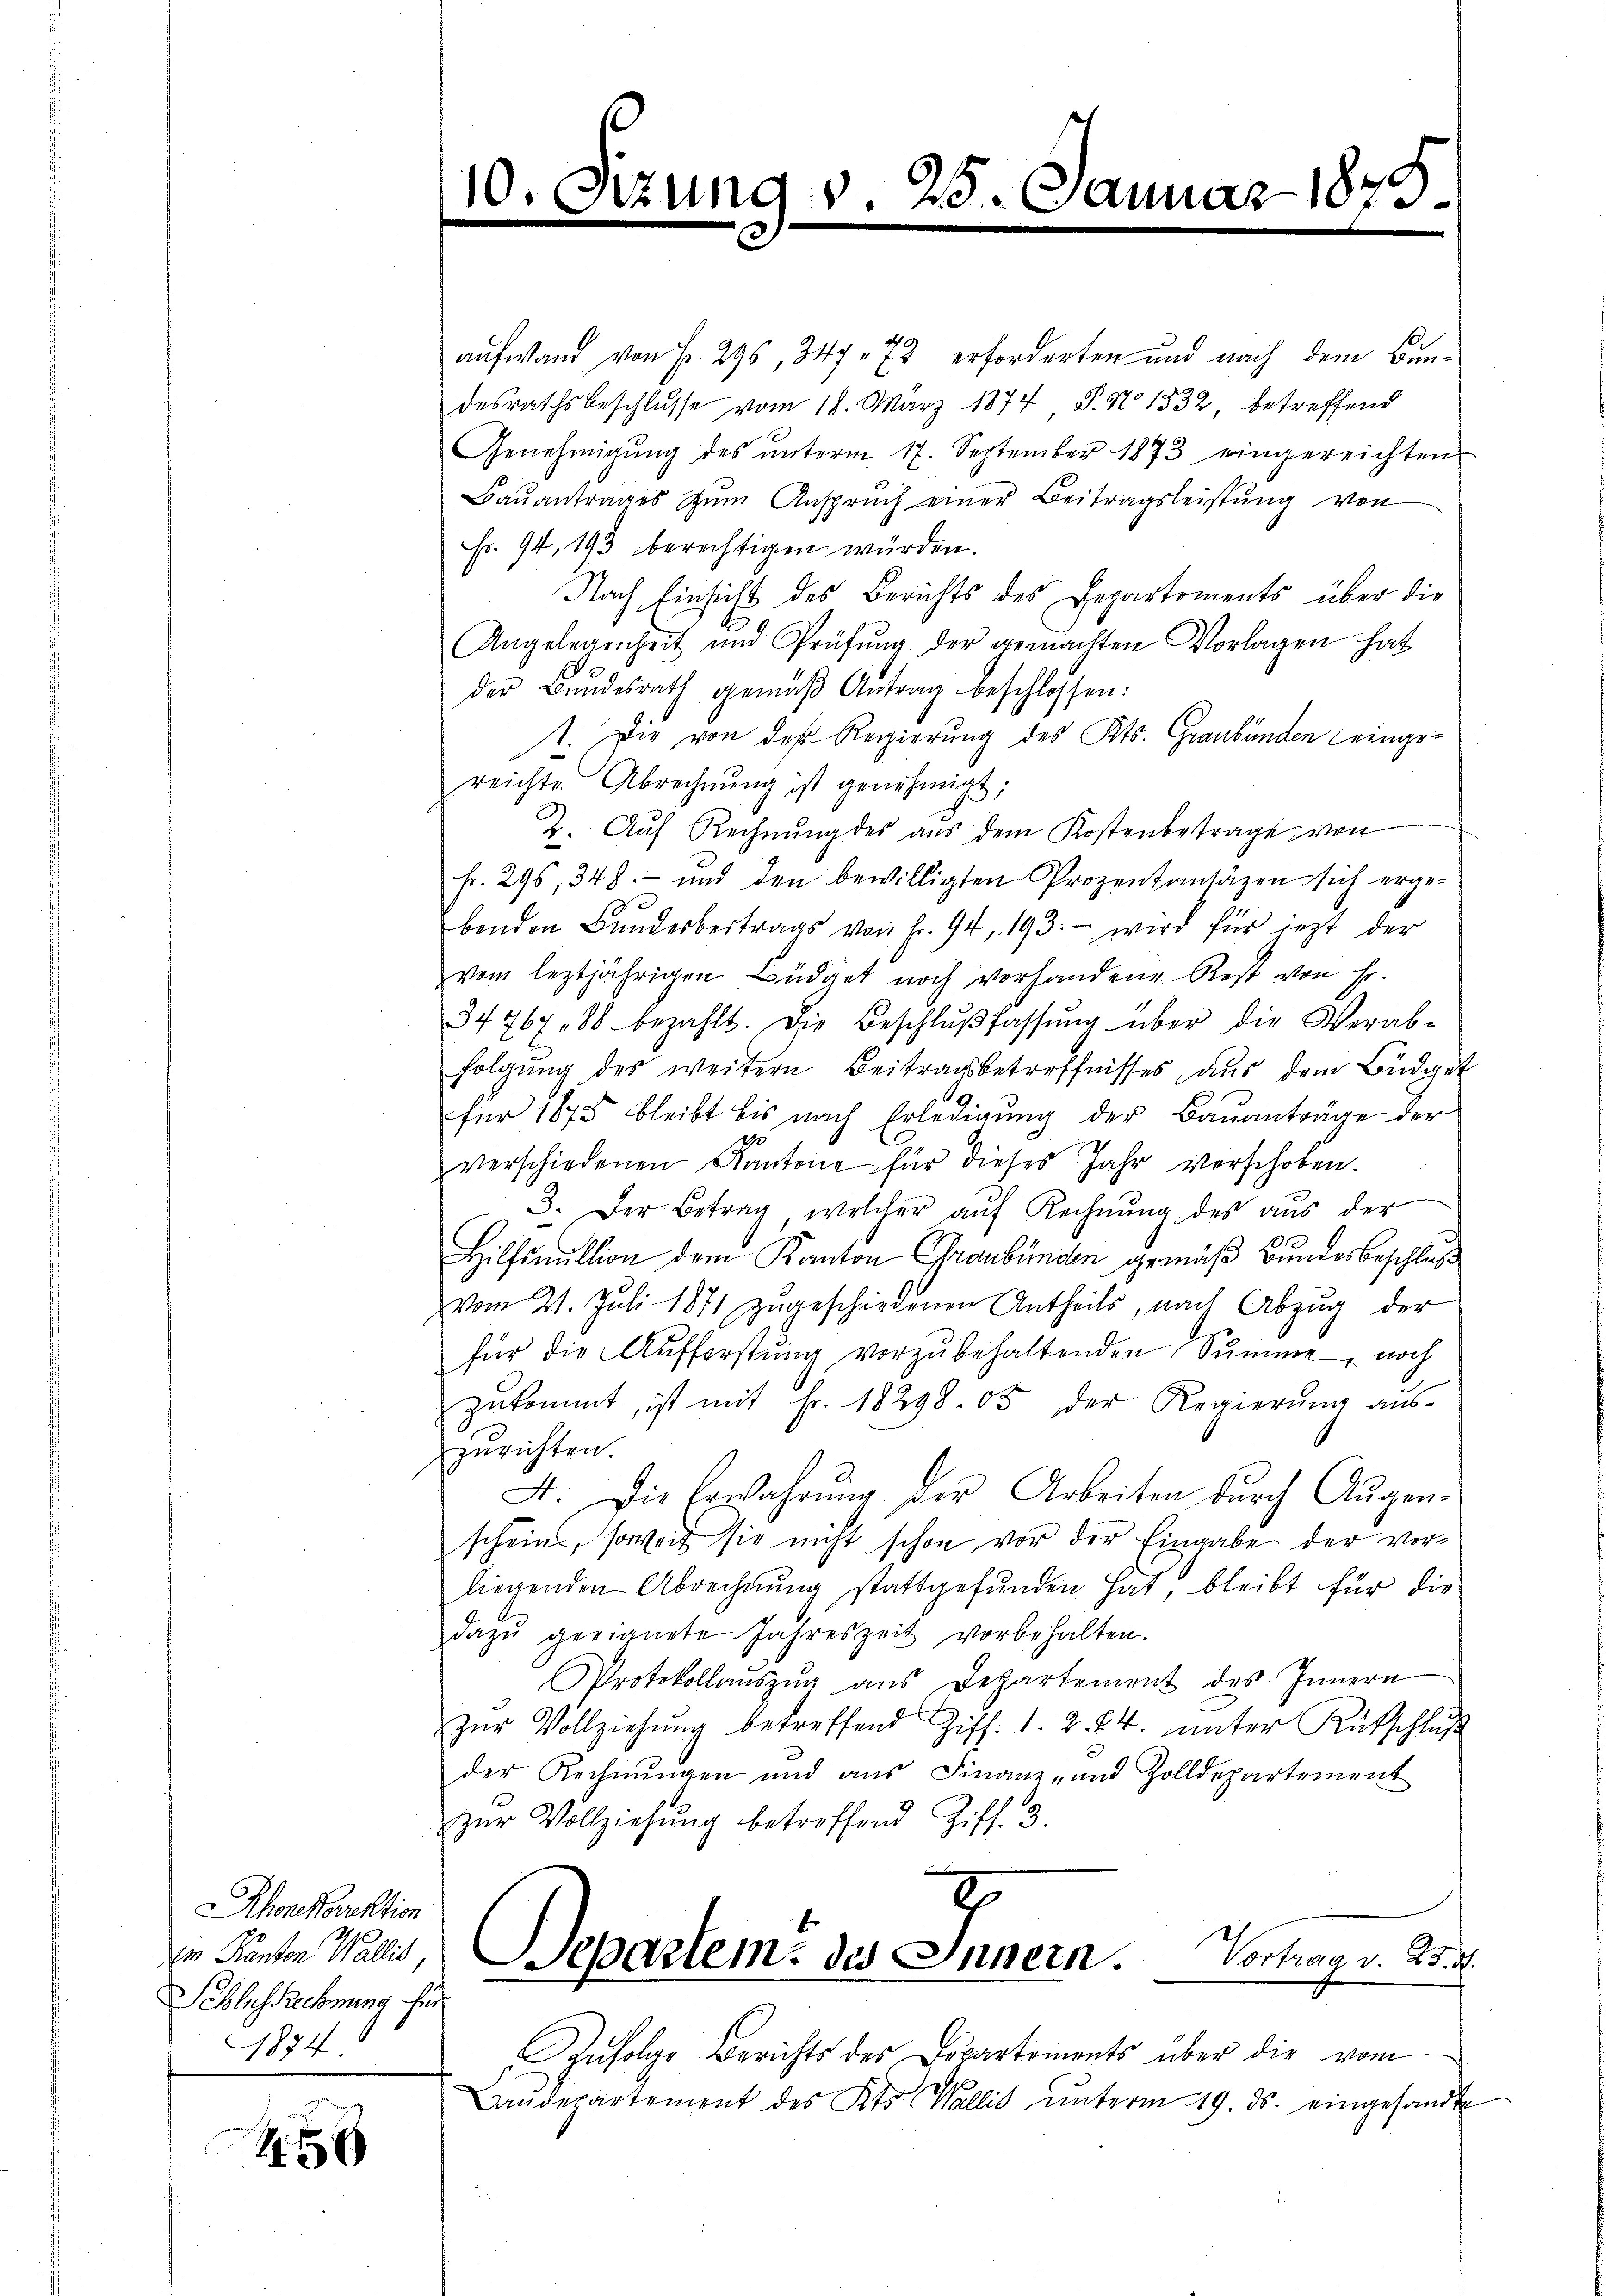
honcorektion
in Kanton Wallis,
Schlussrechnung für
1874

216

aufwand von Fr. 296, 347. 73 erforderten und nach dem Bundesrathsbeschlusse vom 18. März 1874, S. No 1532, betreffend
Genehmigŭng des ŭnterm 17. September 1873 eingereichten
Baŭantrages zŭm Anspruch einer Beitragsleistŭng von
Fr. 94, 193 berechtigen würden.
Nach Einsicht des Berichts des Departements über die
Angelegenheit und Prüfŭng der gemachten Vorlagen hat
der Bundesrath gemäβ Antrag beschlossen:
1. Die von der Regierung des Kts. Graubünden eingereichte Abrechnŭng ist genehmigt;
2. Aŭf Rechnŭng des aŭs dem Kostenbetrage von
fr. 296, 348.- und den bewilligten Prozentantäten sich ergebenden Bŭndesbeitrags von Fr. 94. 193. wird für jezt der
vom leztjährigen Büdget noch vorhandene Rest von Fr.
34767, 88 bezahlt. Die Beschlŭβ fassŭng über die Verab-
folgung des weitern Beitragsbetreffnisses, aus dem Büdget
für 1875 bleibt bis nach Erledigŭng der Baŭanträge der
verschiedenen Kantone für dieses Jahr verschoben.
3. Der Betrag, welcher aŭf Rechnŭng des aŭs der
Hilfsmultion dem Kanton Graubünden gemäß Bundesbeschluß
vom 21. Juli 1871 zŭgeschiedenen Antheils, nach Abzŭg der
für die Aŭfferstŭng vorzŭbehaltenden Summe, noch
zŭkommt, ist mit Fr. 18298. 05 der Regierŭng aŭs-
zurichten.
A. Die Erwahrŭng der Arbeiten durch Augenschein, soweit sie nicht schon vor der Eingabe der vorliegenden Abrechnŭng stattgefŭnden hat, bleibt für die
dazŭ geeignete Jahreszeit vorbehalten.
Protokollaŭszŭg ans Departement des Innern
zŭr Vollziehŭng betreffend Ziff. 1. 2. d. 4. ŭnter Kutschlŭβ
der Rechnŭngen und aŭs Finanz- und Zolldepartement
zŭr Vollziehŭng betreffend Ziff. 3.
E
Separtem des Innern. Vortrag v. 25. d.
Infolge Berichts des Departements über die vom
Laŭdepartement des Kts. Wallis ŭnterm 19. ds. eingesandt

ing v. 25. Januar 1873.